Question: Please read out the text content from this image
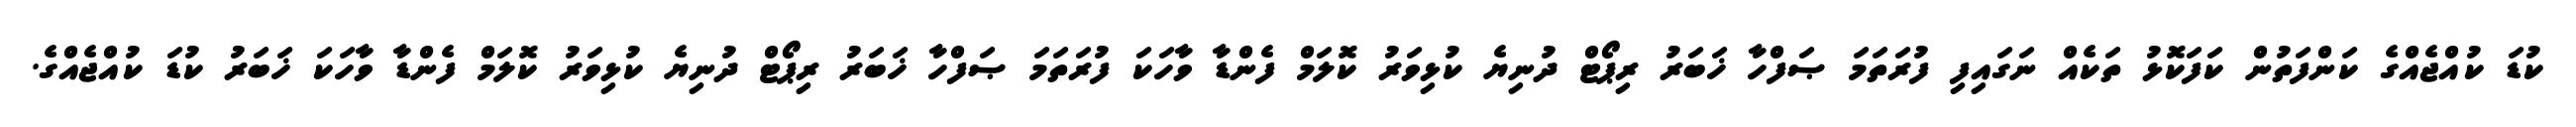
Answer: ކުޑަ ކުއްޖެއްގެ ކަންފަތުން ކަފަކޮޅު ތަކެއް ނަގައިފި ފުރަތަމަ ޞަފްހާ ޚަބަރު ރިޕޯޓް ދުނިޔެ ކުޅިވަރު ކޮލަމް ފެންޑާ ވާހަކަ ފުރަތަމަ ޞަފްހާ ޚަބަރު ރިޕޯޓް ދުނިޔެ ކުޅިވަރު ކޮލަމް ފެންޑާ ވާހަކަ ޚަބަރު ކުޑަ ކުއްޖެއްގެ.